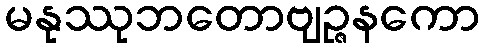
မနုဿုဘတောဗျဉ္ဇနကော